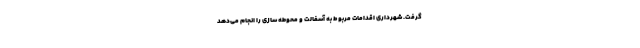
گرفت. شهرداری اقدامات مربوط به آسفالت و محوطه سازی‌ را انجام می‌دهد